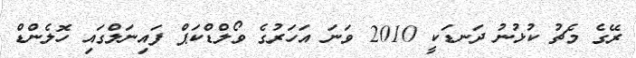
ރޭގެ މެޗު ކުޅުނު ދަނޑަކީ 2010 ވަނަ އަހަރުގެ ވޯލްޑްކަޕް ފައިނަލްގައި ހޮލެންޑް